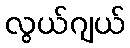
လွယ်ဂျယ်